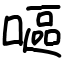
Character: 嘔